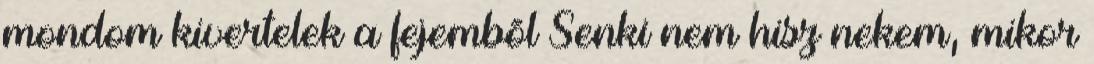
mondom kivertelek a fejembõl Senki nem hisz nekem, mikor